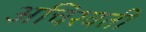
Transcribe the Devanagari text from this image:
अचिरवती